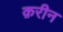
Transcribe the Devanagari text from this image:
क़रीन